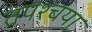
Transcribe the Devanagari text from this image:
तपश्चया